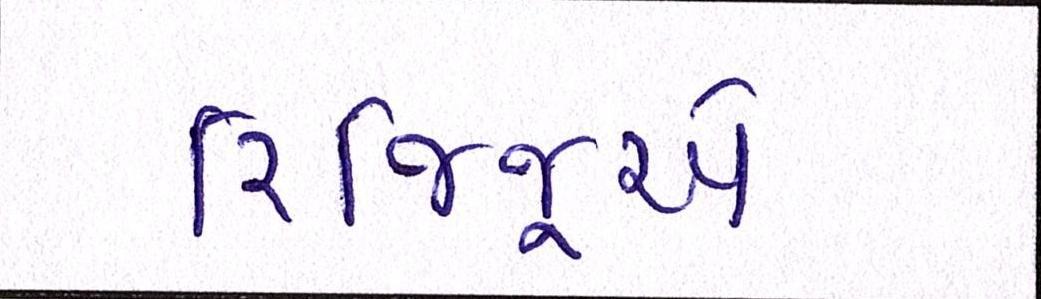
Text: રિજિજૂએ